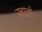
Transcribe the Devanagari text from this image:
खातो।